Proceedings of the meeting of veterinary officers in India
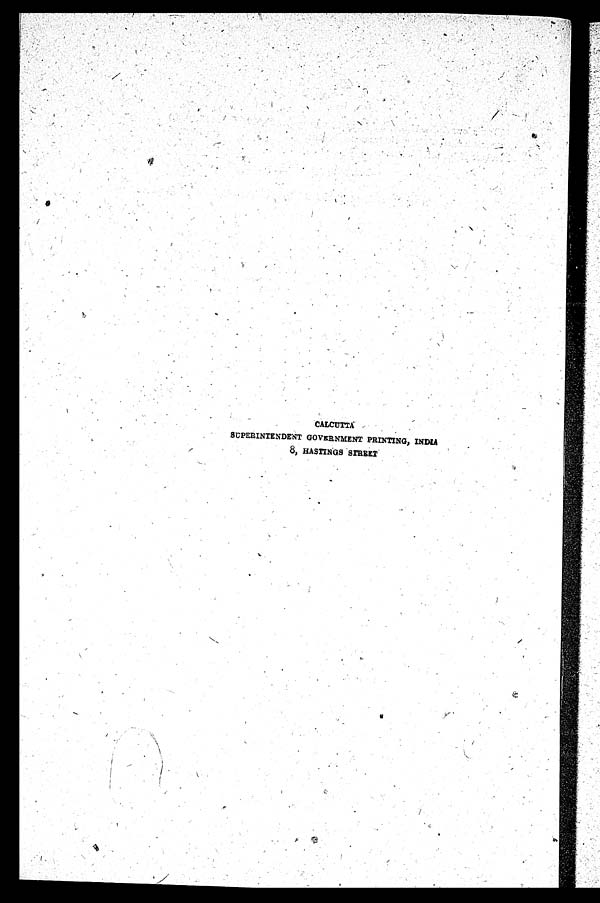
CALCUTTA
SUPERINTENDENT GOVERNMENT PRINTING, INDIA
8, HASTINGS STREET